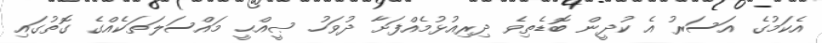
އެކަމުގެ އަސަރު އެ ކުދީން ބޮޑެތިވެ ދިރިއުޅުމެއްފަށާ ދުވަހު ޞީއްޙީ މައްސަލަތަކެއްގެ ގޮތުގައި